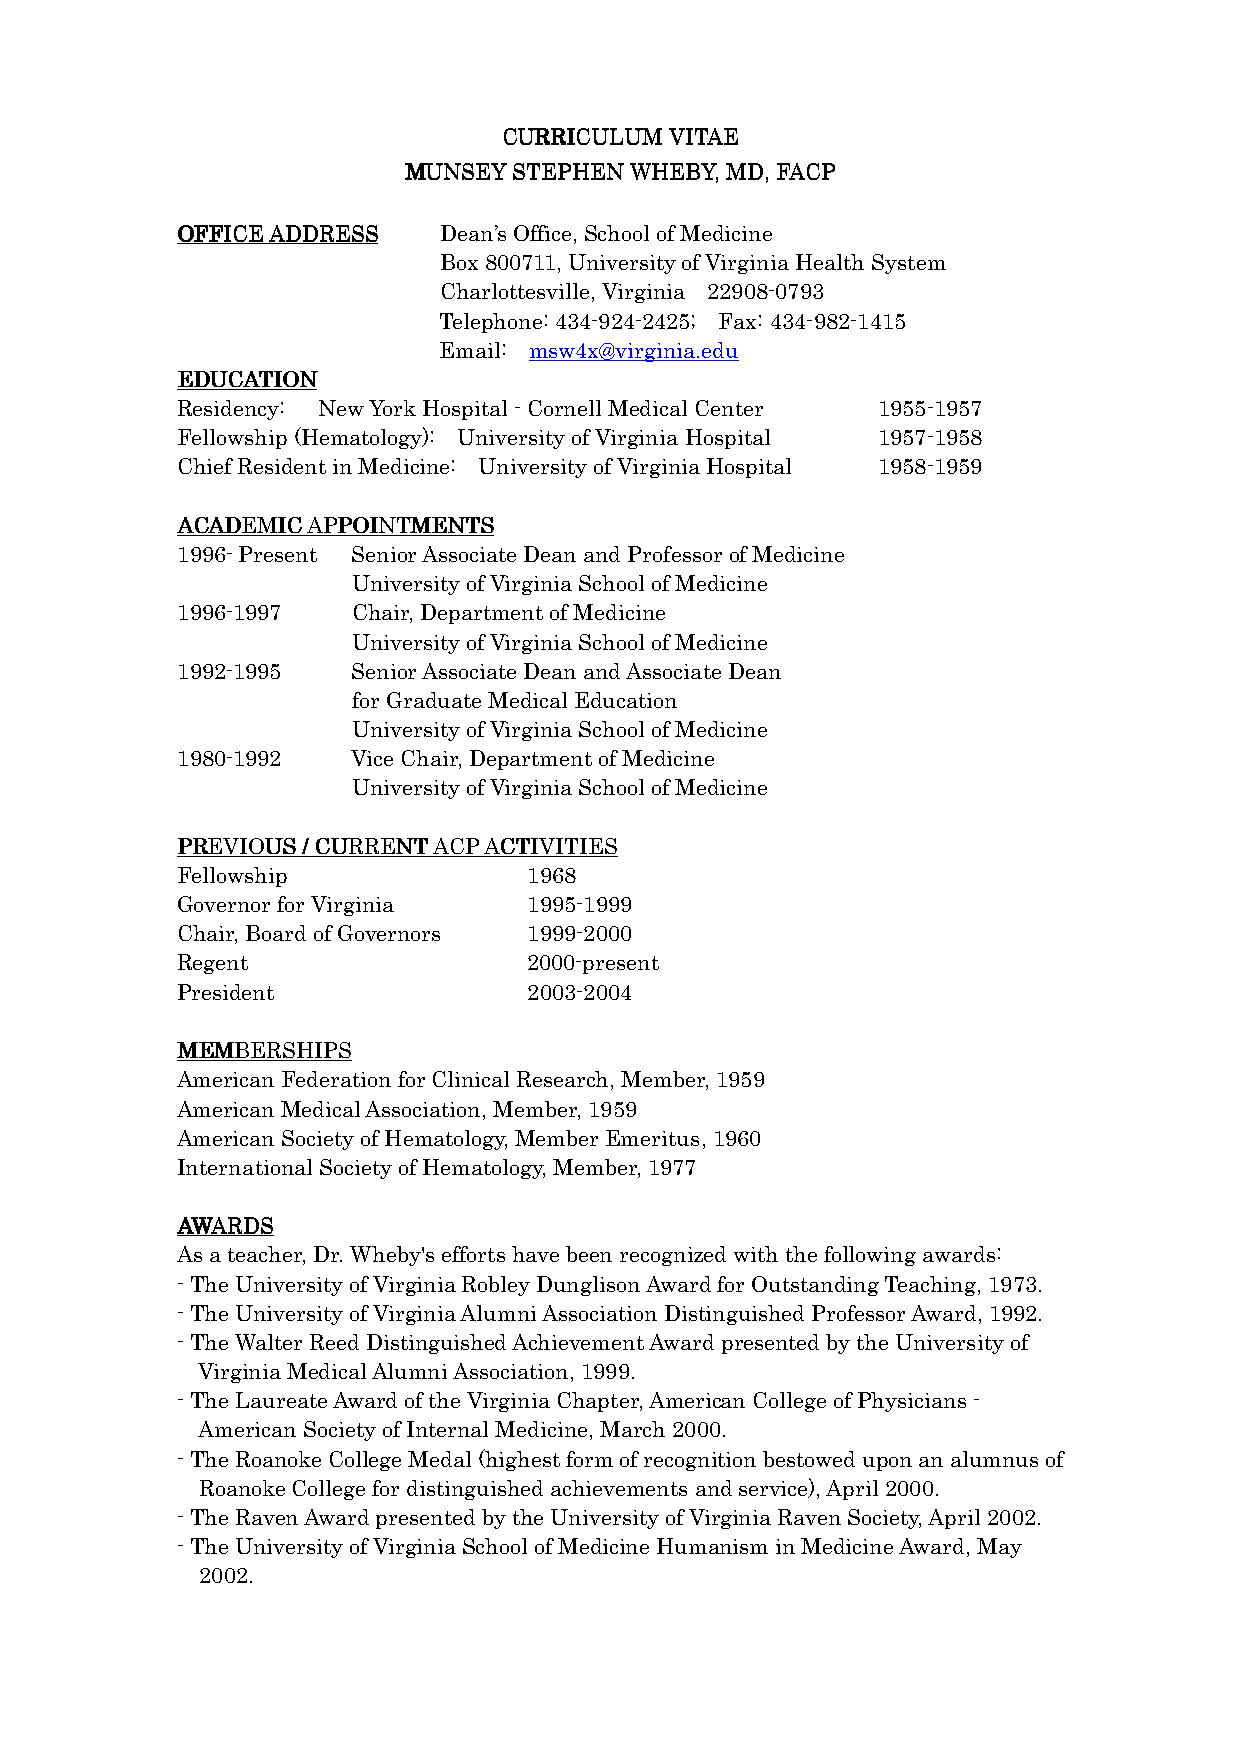
CCCCUUUURRRRRRRRIIIICCCCUUUULLLLUUUUMMMM VVVVIIIITTTTAAAAEEEE
 MMMMUUUUNNNNSSSSEEEEYYYY SSSSTTTTEEEEPPPPHHHHEEEENNNN WWWWHHHHEEEEBBBBYYYY,,,, MMMMDDDD,,,, FFFFAAAACCCCPPPP
 OOOOFFFFFFFFIIIICCCCEEEE AAAADDDDDDDDRRRREEEESSSSSSSS Dean’s Office, School of Medicine
 Box 800711, University of Virginia Health System
 Charlottesville, Virginia 22908-0793
 Telephone: 434-924-2425; Fax: 434-982-1415
 Email: msw4x@virginia.edu
 EEEEDDDDUUUUCCCCAAAATTTTIIIIOOOONNNN
 Residency: New York Hospital - Cornell Medical Center 1955-1957
 Fellowship (Hematology): University of Virginia Hospital 1957-1958
 Chief Resident in Medicine: University of Virginia Hospital 1958-1959
 AAAACCCCAAAADDDDEEEEMMMMIIIICCCC AAAAPPPPPPPPOOOOIIIINNNNTTTTMMMMEEEENNNNTTTTSSSS
 1996- Present Senior Associate Dean and Professor of Medicine
 University of Virginia School of Medicine
 1996-1997  Chair, Department of Medicine
 University of Virginia School of Medicine
 1992-1995  Senior Associate Dean and Associate Dean
 for Graduate Medical Education
 University of Virginia School of Medicine
 1980-1992  Vice Chair, Department of Medicine
 University of Virginia School of Medicine
 PPPPRRRREEEEVVVVIIIIOOOOUUUUSSSS //// CCCCUUUURRRRRRRREEEENNNNTTTT AAAACCCCPPPP AAAACCCCTTTTIIIIVVVVIIIITTTTIIIIEEEESSSS
 Fellowship             1968
 Governor for Virginia  1995-1999
 Chair, Board of Governors 1999-2000
 Regent                 2000-present
 President              2003-2004
 MMMMEEEEMMMMBBBBEEEERRRRSSSSHHHHIIIIPPPPSSSS
 American Federation for Clinical Research, Member, 1959
 American Medical Association, Member, 1959
 American Society of Hematology, Member Emeritus, 1960
 International Society of Hematology, Member, 1977
 AAAAWWWWAAAARRRRDDDDSSSS
 As a teacher, Dr. Wheby's efforts have been recognized with the following awards:
 - The University of Virginia Robley Dunglison Award for Outstanding Teaching, 1973.
 - The University of Virginia Alumni Association Distinguished Professor Award, 1992.
 - The Walter Reed Distinguished Achievement Award presented by the University of
 Virginia Medical Alumni Association, 1999.
 - The Laureate Award of the Virginia Chapter, American College of Physicians -
 American Society of Internal Medicine, March 2000.
 - The Roanoke College Medal (highest form of recognition bestowed upon an alumnus of
 Roanoke College for distinguished achievements and service), April 2000.
 - The Raven Award presented by the University of Virginia Raven Society, April 2002.
 - The University of Virginia School of Medicine Humanism in Medicine Award, May
 2002.